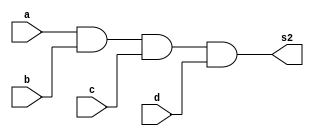

module saida2 (s2,a,b,c,d);
	output s2;
	input a,b,c,d;
	
	and AND1 (s2,a,b,c,d);	
endmodule

module TESTE;
	
	wire s2;
	reg a,b,c,d;

	saida2 Teste (s2,a,b,c,d);

 	initial begin
	   $display("\nRafael Moreira Melo-405834\n");
      $display("\na   b   c   d   s2\n");
      $monitor("%b + %b + %b + %b = %b", a, b, c, d, s2);
  
	     a=0; b=0; c=0; d=0;  
    #1  a=0; b=0; c=0; d=1;
    #1  a=0; b=0; c=1; d=0;
    #1  a=0; b=0; c=1; d=1;
    #1  a=0; b=1; c=0; d=0;
 	 #1  a=0; b=1; c=0; d=1;
    #1  a=0; b=1; c=1; d=0;
    #1  a=0; b=1; c=1; d=1;
    #1  a=1; b=0; c=0; d=0;
    #1  a=1; b=0; c=0; d=1;
    #1  a=1; b=0; c=1; d=0;
    #1  a=1; b=0; c=1; d=1;
    #1  a=1; b=1; c=0; d=0;
    #1  a=1; b=1; c=0; d=1;
    #1  a=1; b=1; c=1; d=0;
    #1  a=1; b=1; c=1; d=1;
        
    end
endmodule